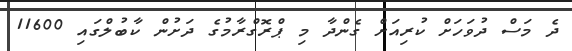
ދެ މަސް ދުވަހަށް ކުރިއަށް ގެންދާ މި ޕްރޮގްރާމުގެ ދަށުން ކާބުލްގައި 11600